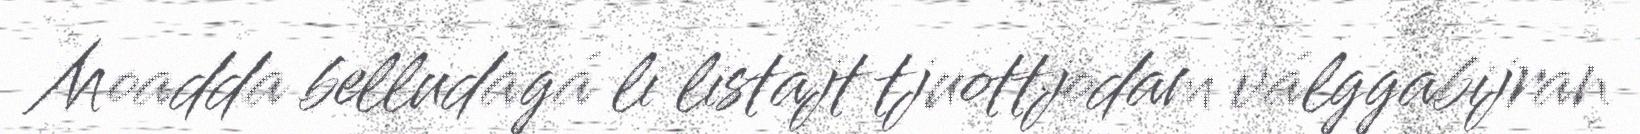
Moadda belludagá li listajt tjuottjodam válggabijran